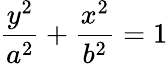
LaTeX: {\frac{y^{2}}{a^{2}}}+{\frac{x^{2}}{b^{2}}}=1